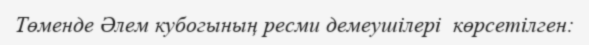
Төменде Әлем кубогының ресми демеушілері  көрсетілген: